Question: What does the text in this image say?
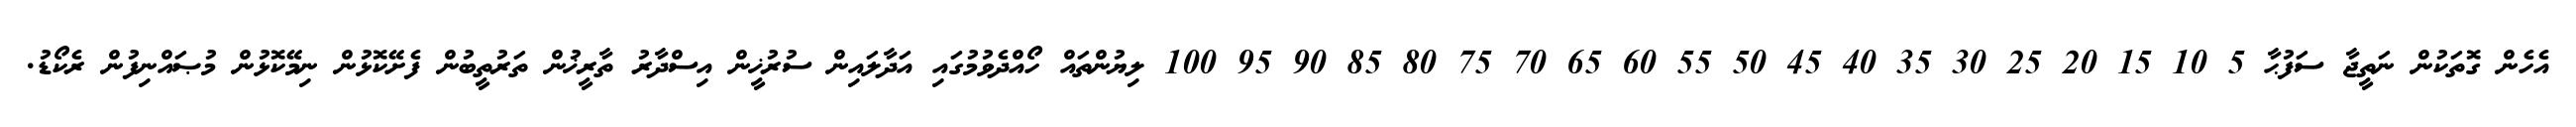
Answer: އެހެން ގޮތަކުން ނަތީޖާ ސަފުޙާ 5 10 15 20 25 30 35 40 45 50 55 60 65 70 75 80 85 90 95 100 ލިޔުންތައް ހޯއްދެވުމުގައި އަދާލައިން ސުރުޚީން އިސްދާރު ތާރީޚުން ތަރުތީބުން ފެށޭކޮޅުން ނިމޭކޮޅުން މުޞައްނިފުން ރެކޯޑު.